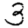
Digit: 3